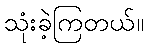
သုံးခဲ့ကြတယ်။